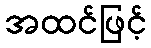
အထင်ဖြင့်